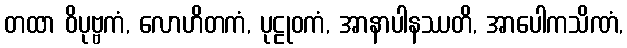
တထာ ဝိပုဗ္ဗကံ, လောဟိတကံ, ပုဠုဝကံ, အာနာပါနဿတိ, အာပေါကသိဏံ,